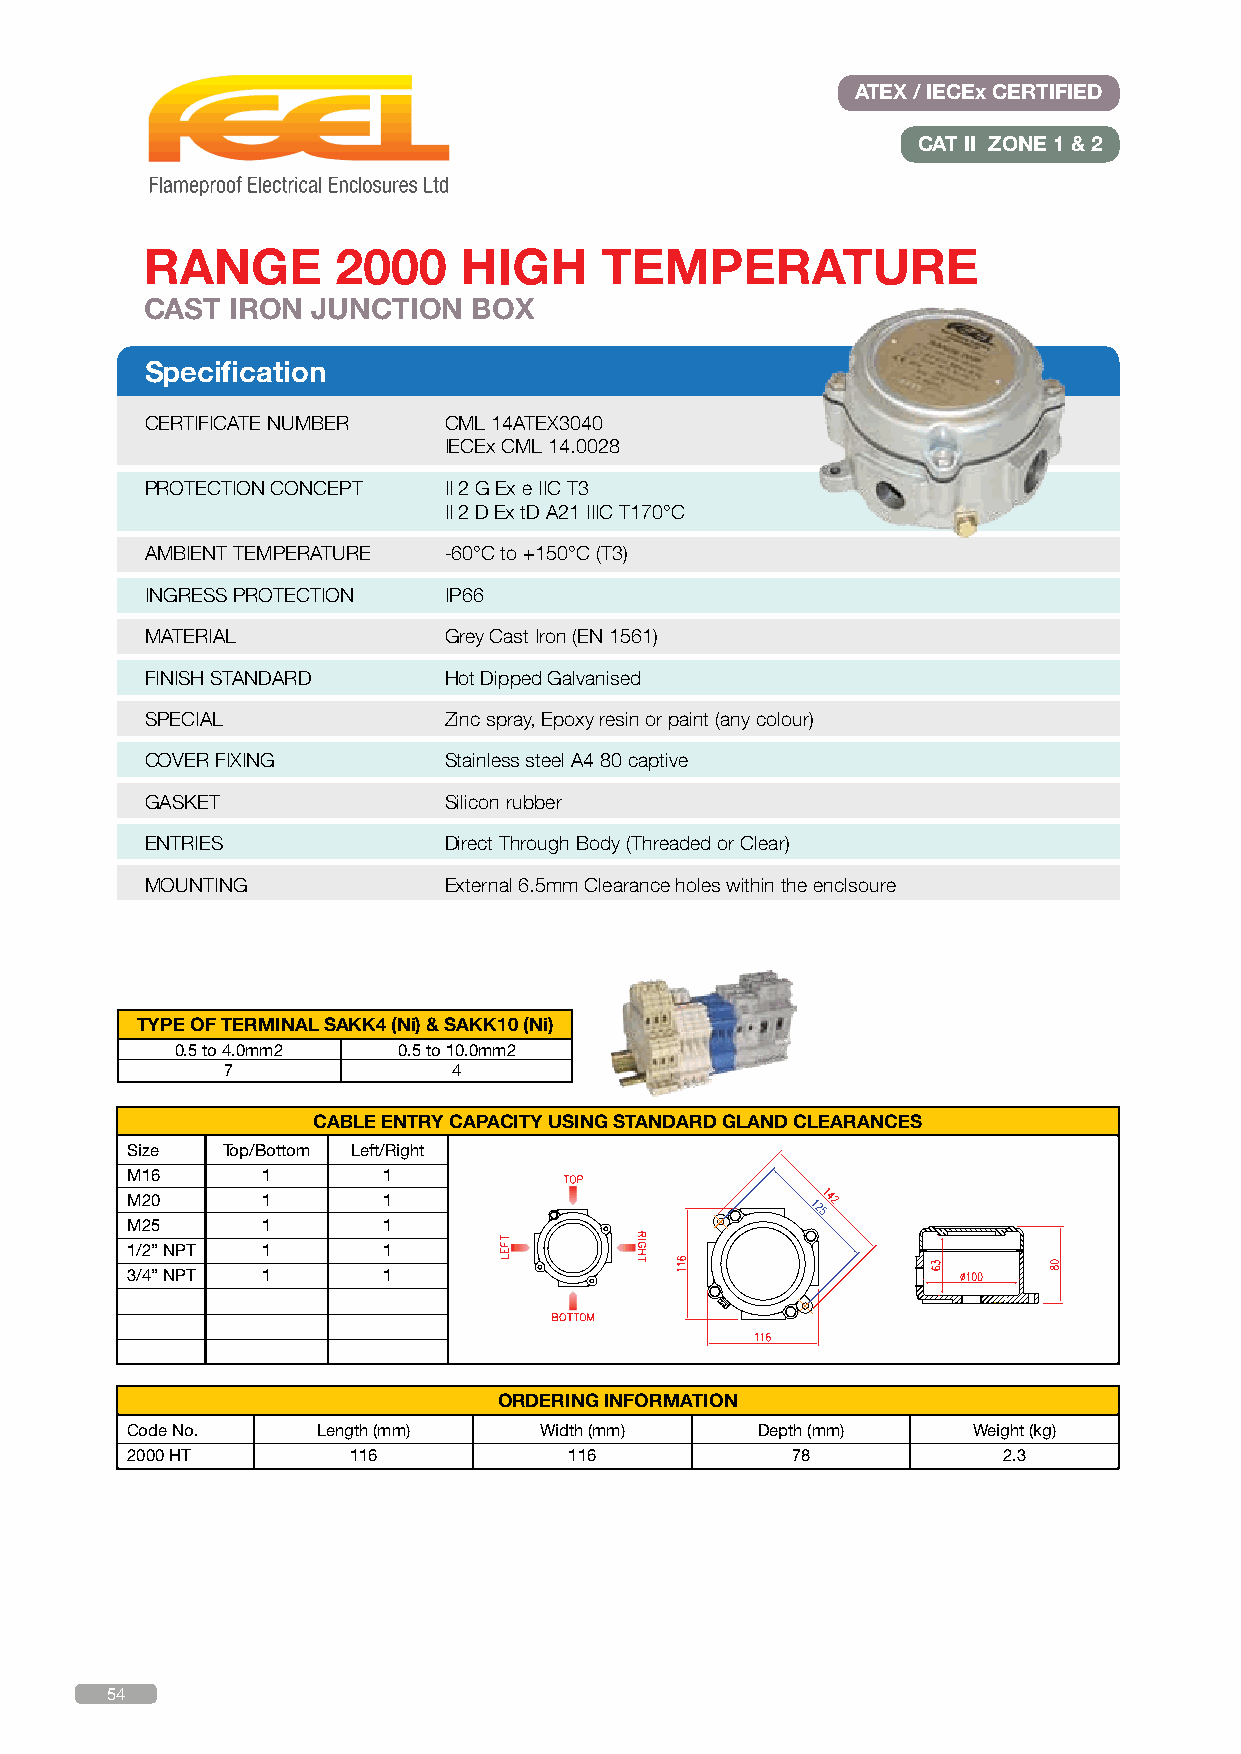
ATEX / IECEx CERTIFIED
 CAT II ZONE 1 & 2
 RANGE       2000    HIGH      TEMPERATURE
 CAST IRON  JUNCTION  BOX
 Specification
 CERTIFICATE NUMBER CML 14ATEX3040
 IECEx CML 14.0028
 PROTECTION CONCEPT II 2 G Ex e IIC T3
 II 2 D Ex tD A21 IIIC T170°C
 AMBIENT TEMPERATURE -60°C to +150°C (T3)
 INGRESS PROTECTION IP66
 MATERIAL           Grey Cast Iron (EN 1561)
 FINISH STANDARD    Hot Dipped Galvanised
 SPECIAL            Zinc spray, Epoxy resin or paint (any colour)
 COVER FIXING       Stainless steel A4 80 captive
 GASKET             Silicon rubber
 ENTRIES            Direct Through Body (Threaded or Clear)
 MOUNTING           External 6.5mm Clearance holes within the enclsoure
 TYPE OF TERMINAL SAKK4 (Ni) & SAKK10 (Ni)
 0.5 to 4.0mm2 0.5 to 10.0mm2
 7              4
 CABLE ENTRY CAPACITY USING STANDARD GLAND CLEARANCES
 Size   Top/Bottom Left/Right
 M16      1       1
 M20      1       1
 M25      1       1
 1/2” NPT 1       1
 3/4” NPT 1       1
 ORDERING INFORMATION
 Code No.     Length (mm)    Width (mm)    Depth (mm)    Weight (kg)
 2000 HT        116            116           78            2.3
 54